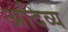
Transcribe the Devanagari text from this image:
अदिव्य